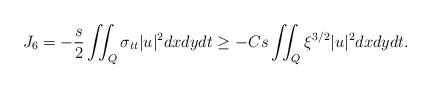
LaTeX: \begin{align*}J_6 =-\frac{s}{2} \iint_Q \sigma_{t t}|u|^2dx dy d t \geq-C s \iint_Q \xi^{3 / 2}|u|^2dx dy d t.\end{align*}